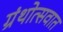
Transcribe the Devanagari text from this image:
ग्रंथोत्सवात